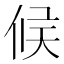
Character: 𠉀